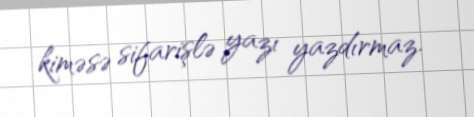
kiməsə sifarişlə yazı yazdırmaz.